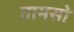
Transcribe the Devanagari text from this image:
तामसो